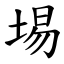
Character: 埸